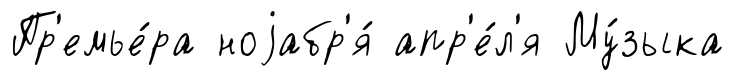
Пр'емье́ра ноjабр'я́ апр'е́л'я Му́зыка